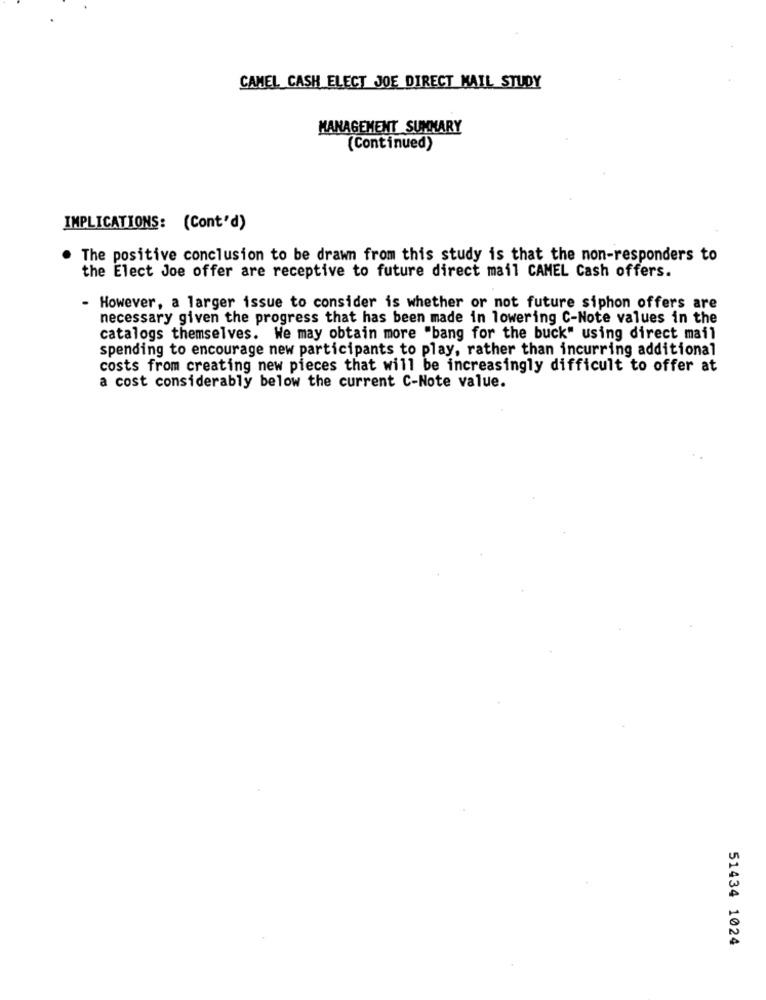
CAMEL CASH ELECT JOE DIRECT MAIL STUDY
MANAGEMENT SUMMARY
(Continued)
IMPLICATIONS: (Cont'd)
The positive conclusion to be drawn from this study is that the non-responders to
the Elect Joe offer are receptive to future direct mail CAMEL Cash offers.
- However, a larger issue to consider is whether or not future siphon offers are
necessary given the progress that has been made in lowering C-Note values in the
catalogs themselves. We may obtain more "bang for the buck" using direct mail
spending to encourage new participants to play, rather than incurring additional
costs from creating new pieces that will be increasingly difficult to offer at
a cost considerably below the current C-Note value.
51434 1024